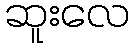
ဆူးလေ